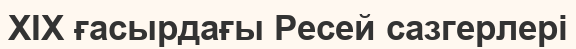
XIX ғасырдағы Ресей сазгерлері